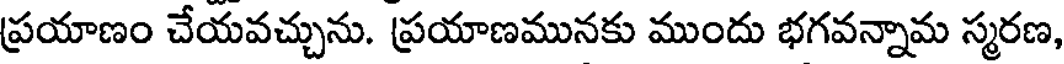
ప్రయాణం చేయవచ్చును. ప్రయాణమునకు ముందు భగవన్నామ స్మరణ,